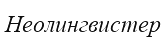
Неолингвистер